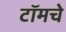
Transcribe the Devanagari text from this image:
टॉमचे